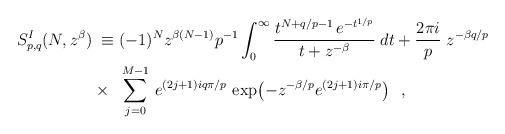
LaTeX: \begin{align*}S^{I}_{p,q}(N,z^{\beta}) & \;\equiv (-1)^N z^{\beta(N-1)} p^{-1} \int_{0}^{\infty} \frac{t^{N+q/p-1}\, e^{-t^{1/p}}}{t+z^{-\beta}} \; dt+ \frac{2 \pi i}{p}\; z^{-\beta q/p}\\& \times \;\; \sum_{j=0}^{M-1}\,e^{(2j+1)i q \pi /p}\, \exp \!\left( -z^{-\beta/p} e^{(2j+1)i \pi/p} \right) \;\;, \end{align*}